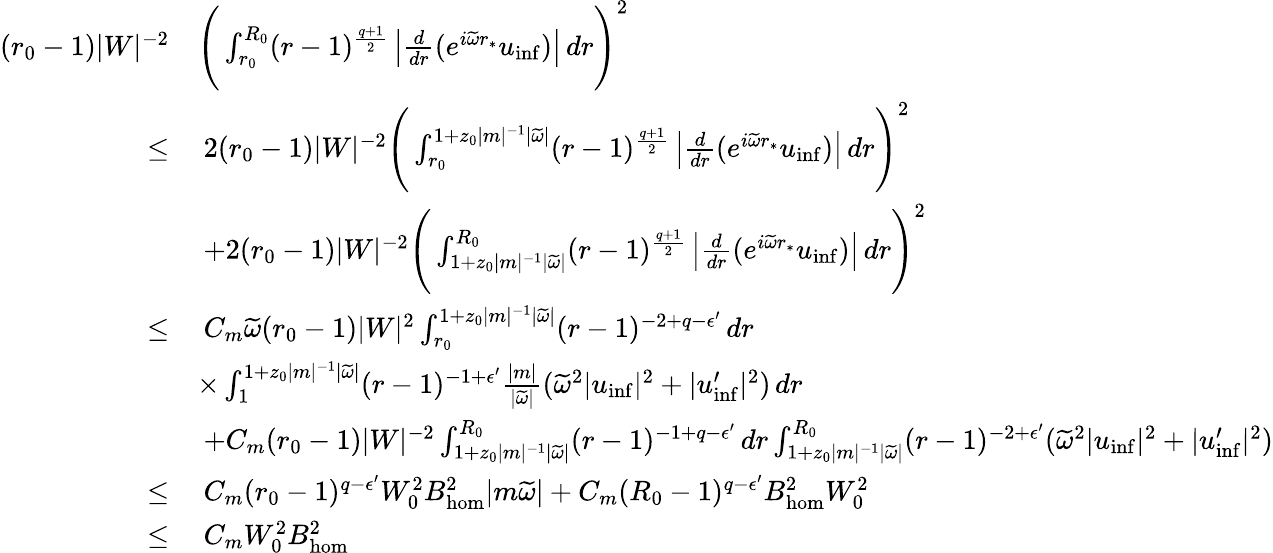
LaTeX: \begin{array}{rl}{(r_{0}-1)|W|^{-2}}&{\Bigg(\int_{r_{0}}^{R_{0}}(r-1)^{\frac{q+1}{2}}\left|\frac{d}{dr}(e^{i\widetilde{\omega}r_{*}}{u}_{\mathrm{inf}})\right|\, dr\Bigg)^{2}}\\ {\leq}&{\: 2(r_{0}-1)|W|^{-2}\Bigg(\int_{r_{0}}^{1+z_{0}|m|^{-1}|\widetilde{\omega}|}(r-1)^{\frac{q+1}{2}}\left|\frac{d}{dr}(e^{i\widetilde{\omega}r_{*}}{u}_{\mathrm{inf}})\right|\, dr\Bigg)^{2}}\\ &{\: +2(r_{0}-1)|W|^{-2}\Bigg(\int_{1+z_{0}|m|^{-1}|\widetilde{\omega}|}^{R_{0}}(r-1)^{\frac{q+1}{2}}\left|\frac{d}{dr}(e^{i\widetilde{\omega}r_{*}}{u}_{\mathrm{inf}})\right|\, dr\Bigg)^{2}}\\ {\leq}&{\: C_{m}\widetilde{\omega}(r_{0}-1)|W|^{2}\int_{r_{0}}^{1+z_{0}|m|^{-1}|\widetilde{\omega}|}(r-1)^{-2+q-\epsilon^{\prime}}\, dr}\\ &{\times\int_{1}^{1+z_{0}|m|^{-1}|\widetilde{\omega}|}(r-1)^{-1+\epsilon^{\prime}}\frac{|m|}{|\widetilde{\omega}|}(\widetilde{\omega}^{2}|{u}_{\mathrm{inf}}|^{2}+|{u}_{\mathrm{inf}}^{\prime}|^{2})\, dr}\\ &{\: +C_{m}(r_{0}-1)|W|^{-2}\int_{1+z_{0}|m|^{-1}|\widetilde{\omega}|}^{R_{0}}(r-1)^{-1+q-\epsilon^{\prime}}\, dr\int_{1+z_{0}|m|^{-1}|\widetilde{\omega}|}^{R_{0}}(r-1)^{-2+\epsilon^{\prime}}(\widetilde{\omega}^{2}|{u}_{\mathrm{inf}}|^{2}+|{u}_{\mathrm{inf}}^{\prime}|^{2})}\\ {\leq}&{\: C_{m}(r_{0}-1)^{q-\epsilon^{\prime}}W_{0}^{2}B_{\mathrm{hom}}^{2}|m\widetilde{\omega}|+C_{m}(R_{0}-1)^{q-\epsilon^{\prime}}B_{\mathrm{hom}}^{2}W_{0}^{2}}\\ {\leq}&{\: C_{m}W_{0}^{2}B_{\mathrm{hom}}^{2}}\end{array}